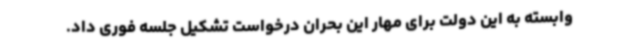
وابسته به این دولت برای مهار این بحران درخواست تشکیل جلسه فوری داد.